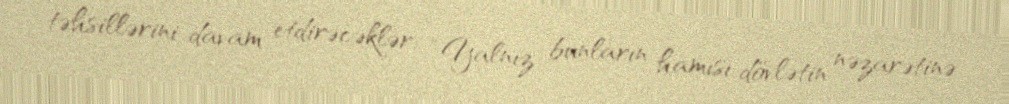
təhsillərini davam etdirəcəklər: “Yalnız bunların hamısı dövlətin nəzarətinə